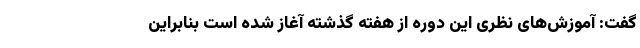
گفت: آموزش‌های نظری این دوره از هفته گذشته آغاز شده است بنابراین